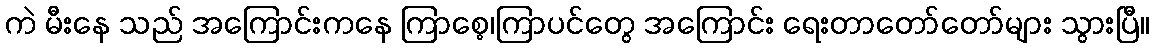
ကဲ မီးနေ သည် အကြောင်းကနေ ကြာစေ့၊ကြာပင်တွေ အကြောင်း ရေးတာတော်တော်များ သွားပြီ။